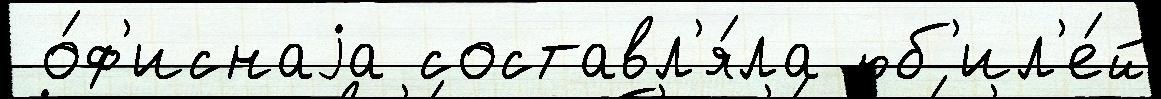
 о́ф'иснаjа составл'я́ла юб'ил'е́й